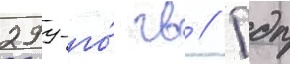
299-го́ гв // Пдп